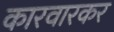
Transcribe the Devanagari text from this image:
कारवारकर